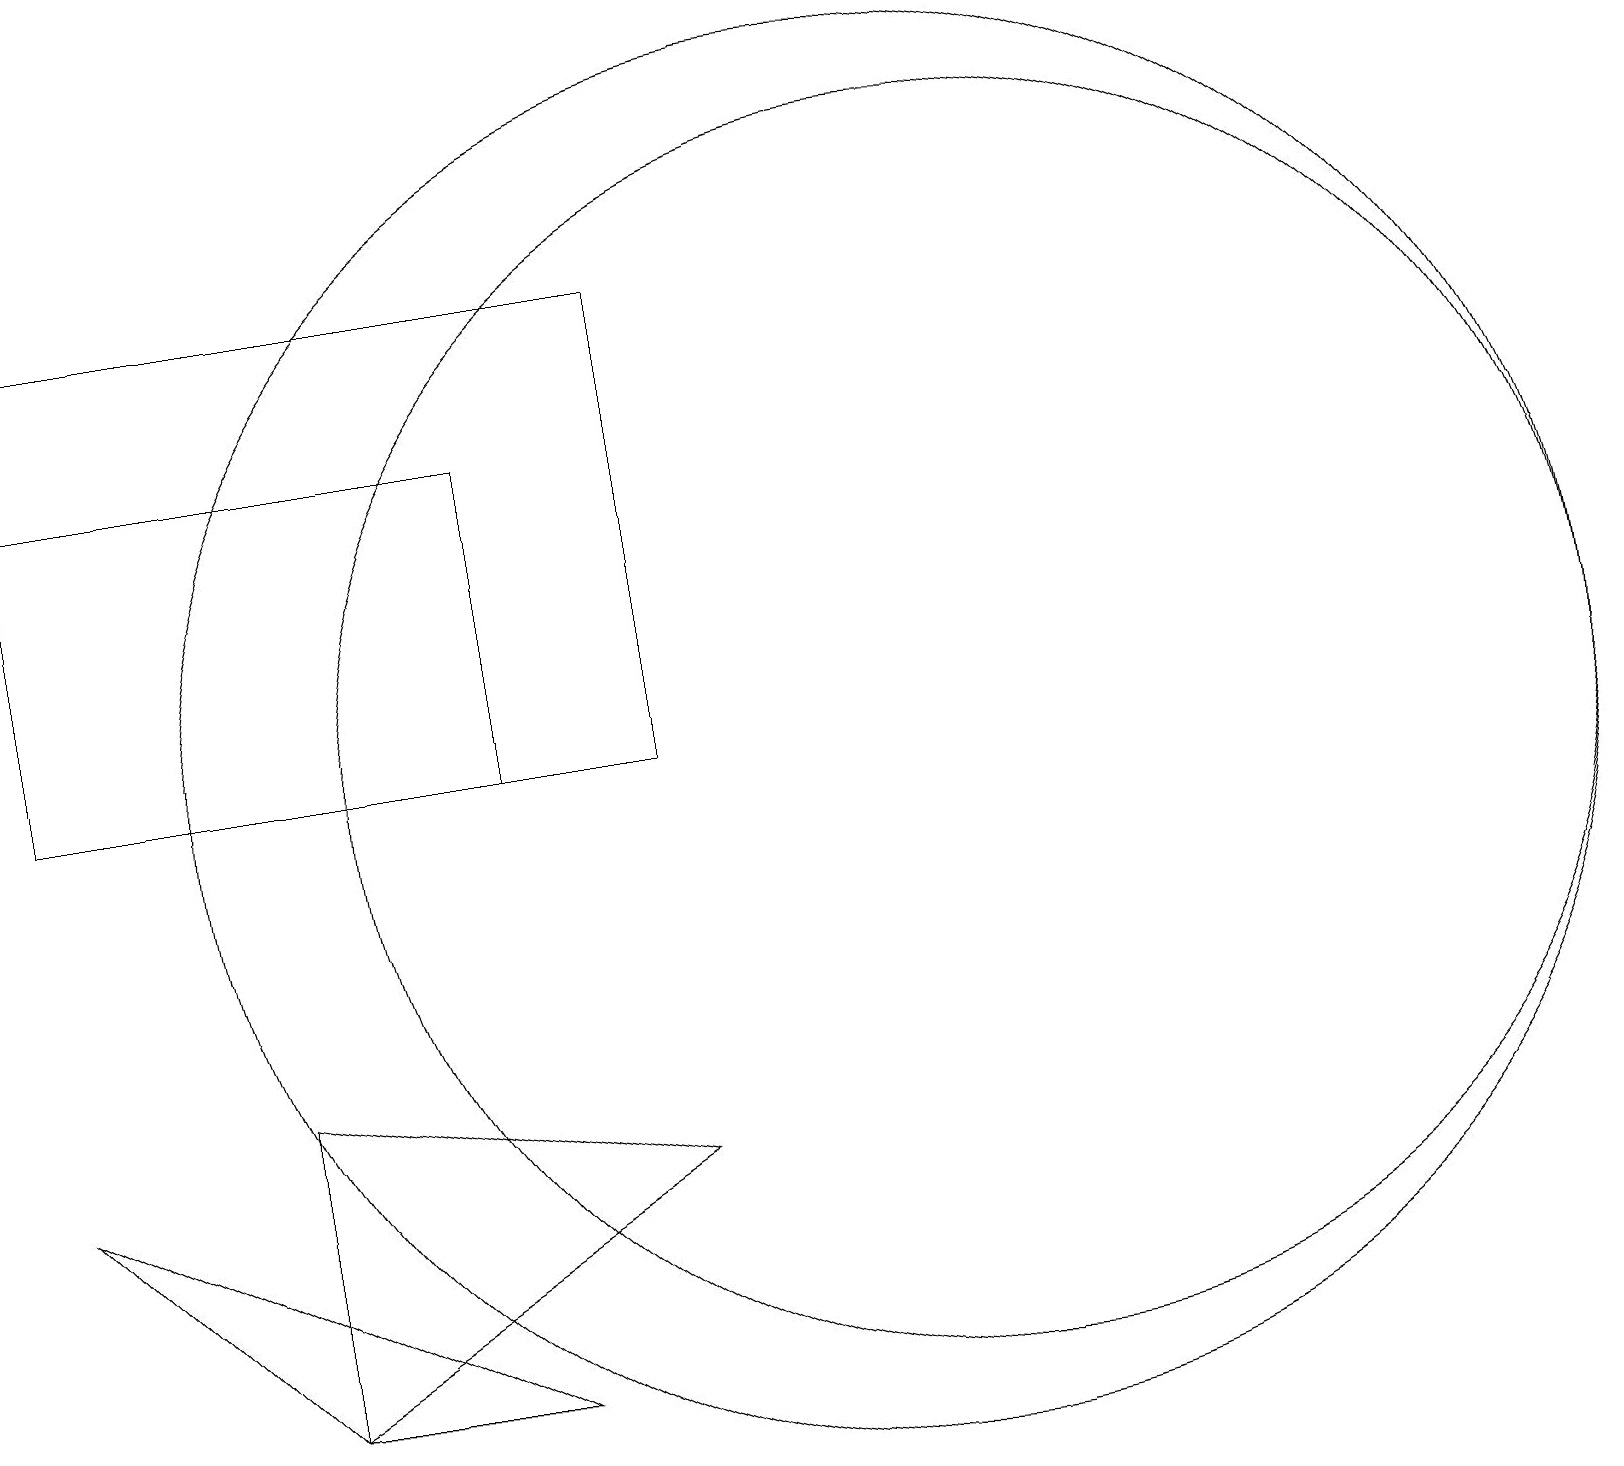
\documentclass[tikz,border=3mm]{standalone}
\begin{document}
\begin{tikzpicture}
\draw (11,11) circle (9);
\draw (8,11) rectangle (0,17);
\draw (0,6) -- (6,3) -- (3,3) -- cycle;
\draw (12,11) circle (8);
\draw (3,3) -- (8,6) -- (3,7) -- cycle;
\draw (0,15) rectangle (6,11);
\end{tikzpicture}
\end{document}